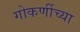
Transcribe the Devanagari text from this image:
गोकर्णीच्या